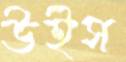
উইস